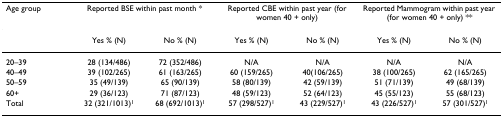
<table><thead><tr><td><b>Age group</b></td><td colspan="2"><b>Reported BSE within past month *</b></td><td colspan="2"><b>Reported CBE within past year (for women 40 + only)</b></td><td colspan="2"><b>Reported Mammogram within past year (for women 40 + only) **</b></td></tr></thead><tbody><tr><td></td><td>Yes % (N)</td><td>No % (N)</td><td>Yes % (N)</td><td>No % (N)</td><td>Yes % (N)</td><td>No % (N)</td></tr><tr><td>20–39</td><td>28 (134/486)</td><td>72 (352/486)</td><td>N/A</td><td>N/A</td><td>N/A</td><td>N/A</td></tr><tr><td>40–49</td><td>39 (102/265)</td><td>61 (163/265)</td><td>60 (159/265)</td><td>40(106/265)</td><td>38 (100/265)</td><td>62 (165/265)</td></tr><tr><td>50–59</td><td>35 (49/139)</td><td>65 (90/139)</td><td>58 (80/139)</td><td>42 (59/139)</td><td>51 (71/139)</td><td>49 (68/139)</td></tr><tr><td>60+</td><td>29 (36/123)</td><td>71 (87/123)</td><td>48 (59/123)</td><td>52 (64/123)</td><td>45 (55/123)</td><td>55 (68/123)</td></tr><tr><td>Total</td><td>32 (321/1013)<sup>1</sup></td><td>68 (692/1013)<sup>1</sup></td><td>57 (298/527)<sup>1</sup></td><td>43 (229/527)<sup>1</sup></td><td>43 (226/527)<sup>1</sup></td><td>57 (301/527)<sup>1</sup></td></tr></tbody></table>